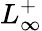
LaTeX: L_{\infty}^{+}